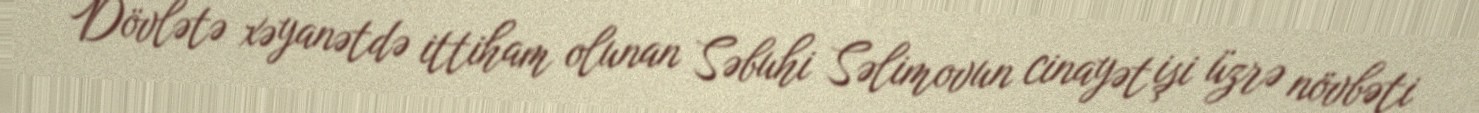
Dövlətə xəyanətdə ittiham olunan Səbuhi Səlimovun cinayət işi üzrə növbəti